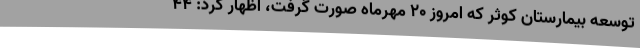
توسعه بیمارستان کوثر که امروز 20 مهرماه صورت گرفت، اظهار کرد: 44